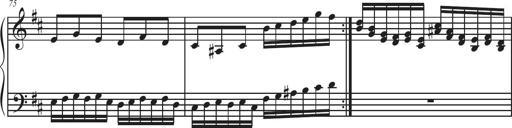
Title: Sonatina Espania
Composer: Jerald Franklin Archer
Key: Various